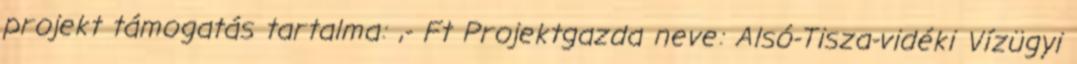
projekt támogatás tartalma: ,- Ft Projektgazda neve: Alsó-Tisza-vidéki Vízügyi